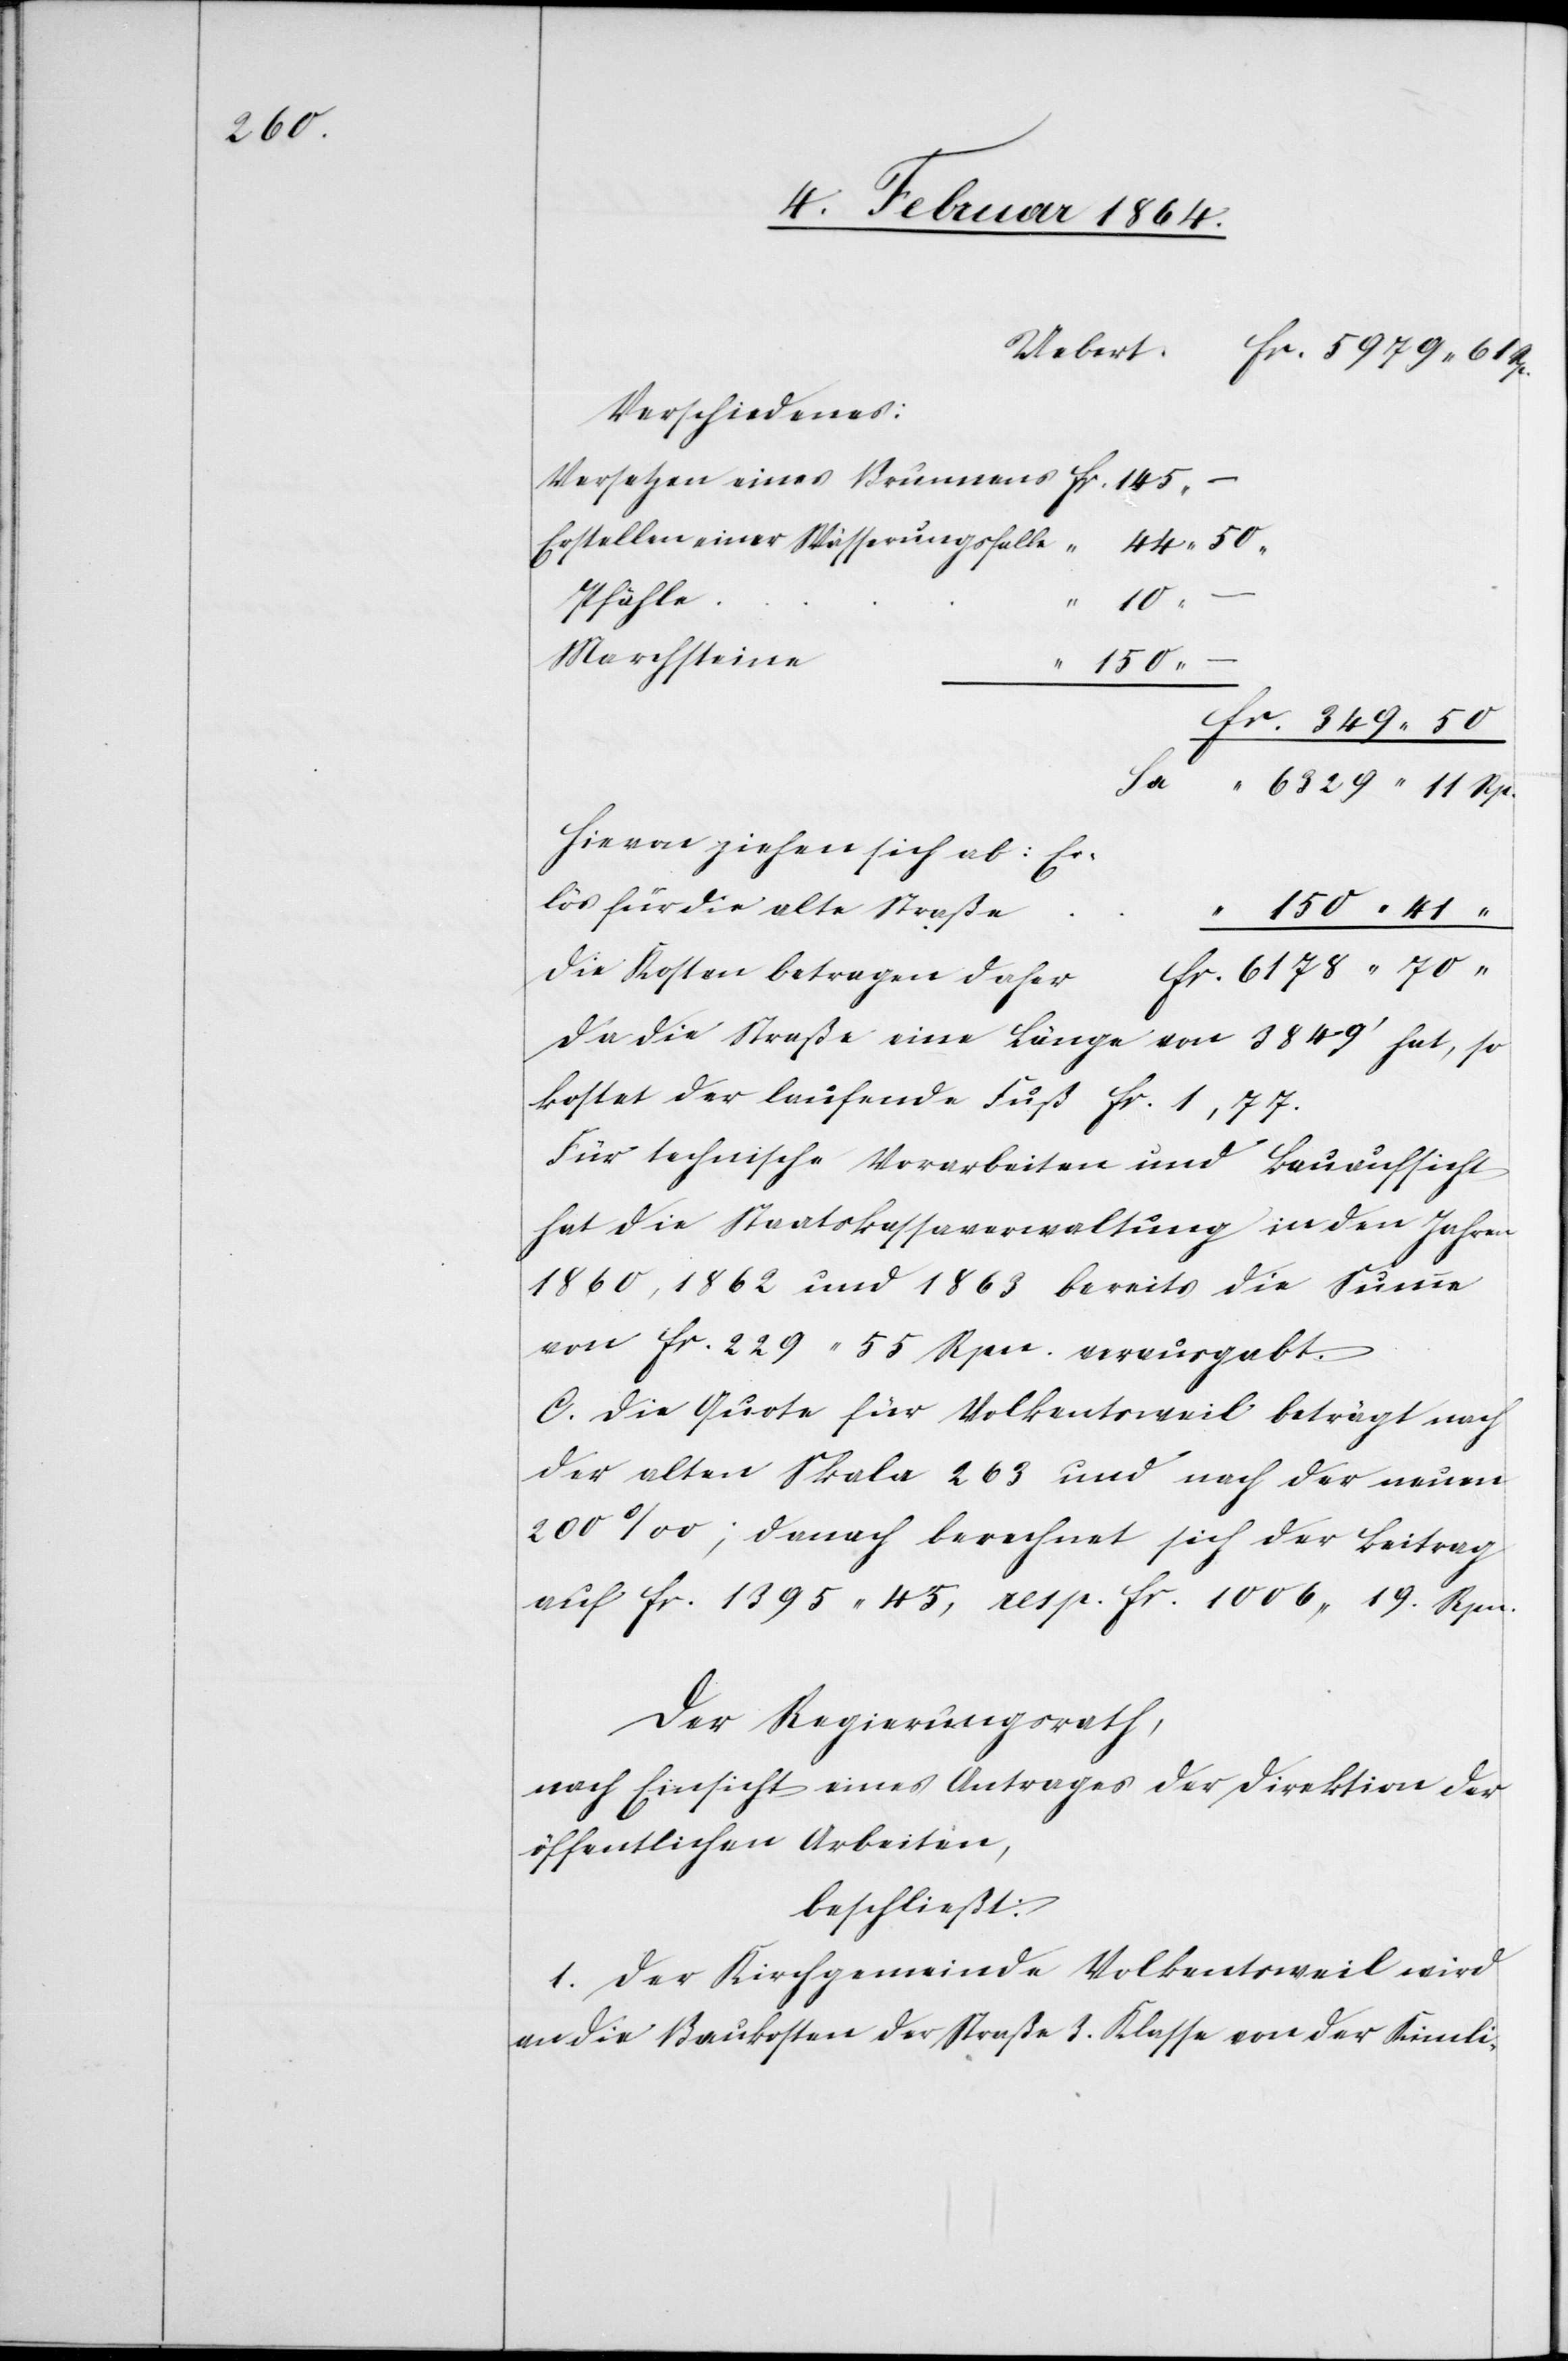
Verschiedenes:
Versetzen eines Brunnens	fr. 145
Erstellen einer Wässerungsfalle	“
150
10
Marchsteine	“
150
fr. 349 50
6329 11 Rp.
Hievon ziehen sich ab:
Die
Da die Straße eine Länge von 3849’ hat, so
kostet der laufende Fuß fr. 1,77.
Für technische Vorarbeiten und Bauaufsicht
hat die Staatskassaverwaltung in den Jahren
1860, 1862 und 1863 bereits die Summe
von fr. 229 55 Rpn. verausgabt.
C. Die Quote für Volkentsweil beträgt nach
der alten Skala 263 und nach der neuen
200‰; danach berechnet sich der Beitrag
auf fr. 1395 45, resp. fr. 1006 19 Rpn.
Der Regierungsrath,
nach Einsicht eines Antrages der Direktion der
öffentlichen Arbeiten,
beschließt:
1. Der Kirchgemeinde Volkentsweil wird
an die Baukosten der Straße 3. Klasse von der Kimli-